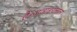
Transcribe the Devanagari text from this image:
हैं।जवाहरलाल